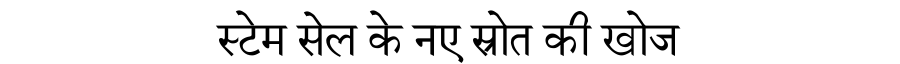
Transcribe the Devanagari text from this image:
स्टेम सेल के नए स्रोत की खोज